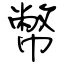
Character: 幣